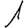
Digit: 1